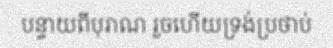
បន្ទាយពីបុរាណ រួចហើយទ្រង់ប្រថាប់